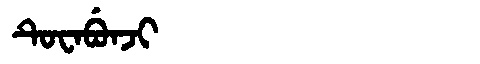
Manchu: ᡨᡠᠸᠠᠪᡠᠨᠵᡳ
Romanization: TUWABUNJI